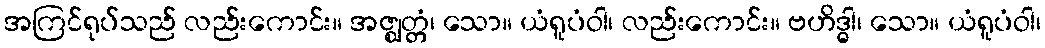
အကြင်ရုပ်သည် လည်းကောင်း။ အဇ္ဈတ္တံ၊ သော။ ယံရူပံဝါ၊ လည်းကောင်း။ ဗဟိဒ္ဓါ၊ သော။ ယံရူပံဝါ၊